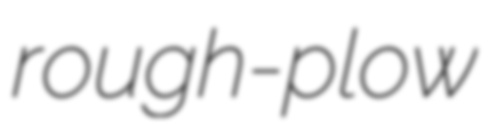
rough-plow